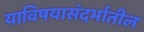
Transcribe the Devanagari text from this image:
याविषयासंदर्भातील